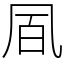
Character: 凮